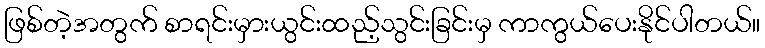
ဖြစ်တဲ့အတွက် စာရင်းမှားယွင်းထည့်သွင်းခြင်းမှ ကာကွယ်ပေးနိုင်ပါတယ်။